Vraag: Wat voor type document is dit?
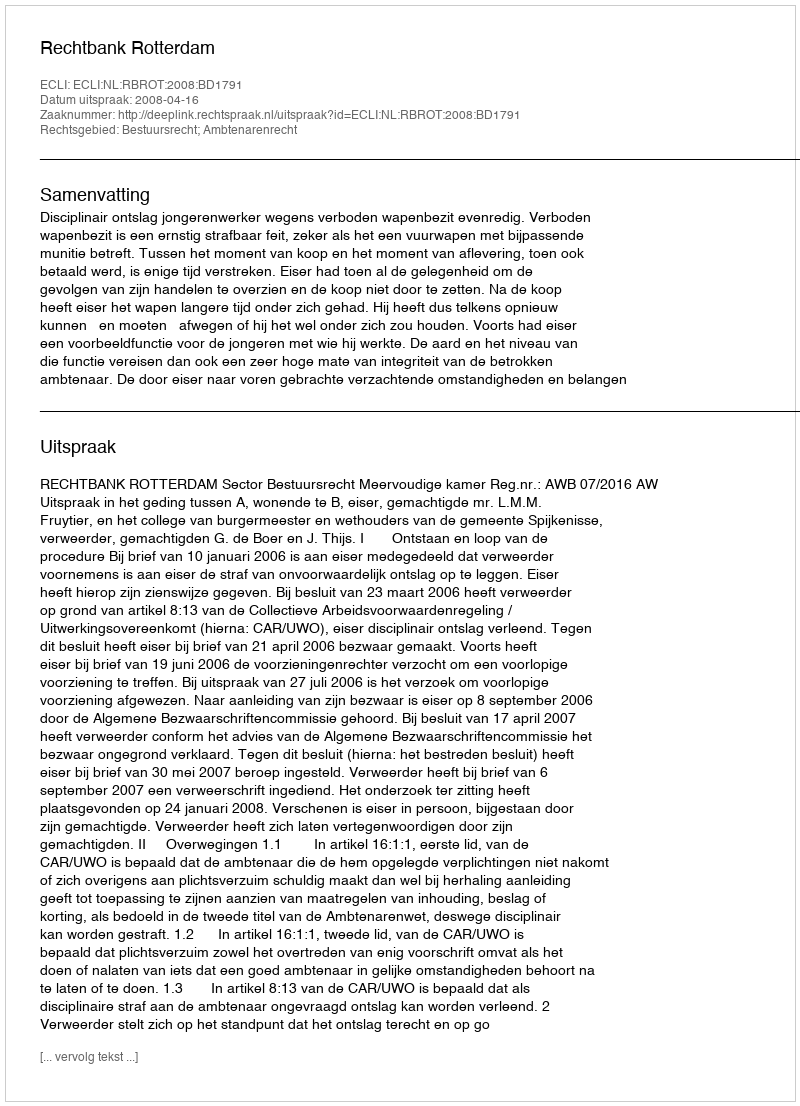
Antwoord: Uitspraak